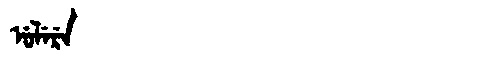
Manchu: ᡠᠯᡝᡵᡝ
Romanization: ULERE